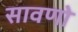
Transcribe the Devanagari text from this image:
सावणो